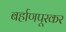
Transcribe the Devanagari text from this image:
बर्हाणपूरकर